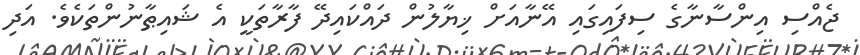
ޖެއްސި އިންސާނާގެ ސިފައިގައި އޭނާއަށް ޚިޔާލުން ދައްކައިދޭ ފާރާތަކީ އެ ޝައިޠާނުންތަކެވެ. އަދި